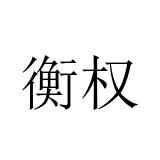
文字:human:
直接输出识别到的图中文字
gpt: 衡权